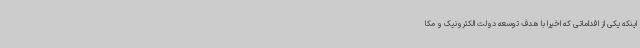
اینکه یکی از اقداماتی که اخیراً با هدف توسعه دولت الکترونیک و مکا